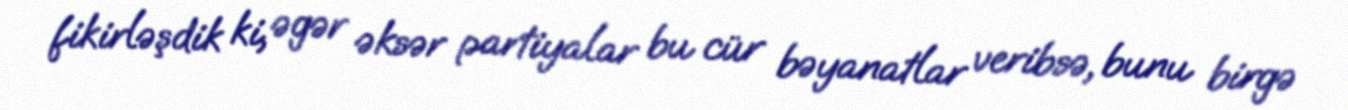
fikirləşdik ki, əgər əksər partiyalar bu cür bəyanatlar veribsə, bunu birgə